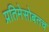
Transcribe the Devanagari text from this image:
प्रतिमेसोबतच